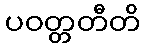
ပဝတ္တတီတိ